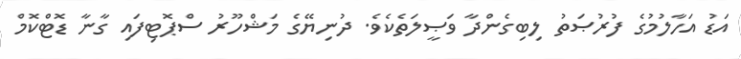
އަޑު އަހާލުމުގެ ފުރުޞަތު ލިބިގެންދާ ވަޞީލަތެކެވެ. ދުނިޔޭގެ މަޝްހޫރު ސްޕޮޓިފައި ގާނާ ޑޮޓްކޮމް